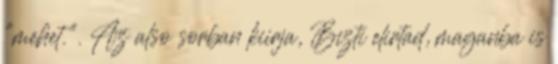
"mehet.". Az also sorban kiirja, Bizti elirtad, maganba is